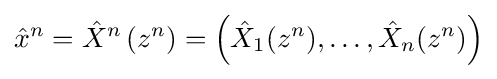
{\hat {x}}^{n}={\hat {X}}^{n}\left(z^{n}\right)=\left({\hat {X}}_{1}(z^{n}),\ldots ,{\hat {X}}_{n}(z^{n})\right)